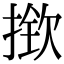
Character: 揿